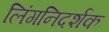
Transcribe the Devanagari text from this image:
लिंगनिदर्शक